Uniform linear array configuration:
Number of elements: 64
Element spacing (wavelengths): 0.25
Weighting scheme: hamming
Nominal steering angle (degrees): -30
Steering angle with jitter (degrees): -31.126
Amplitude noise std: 0.05
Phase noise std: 0.05

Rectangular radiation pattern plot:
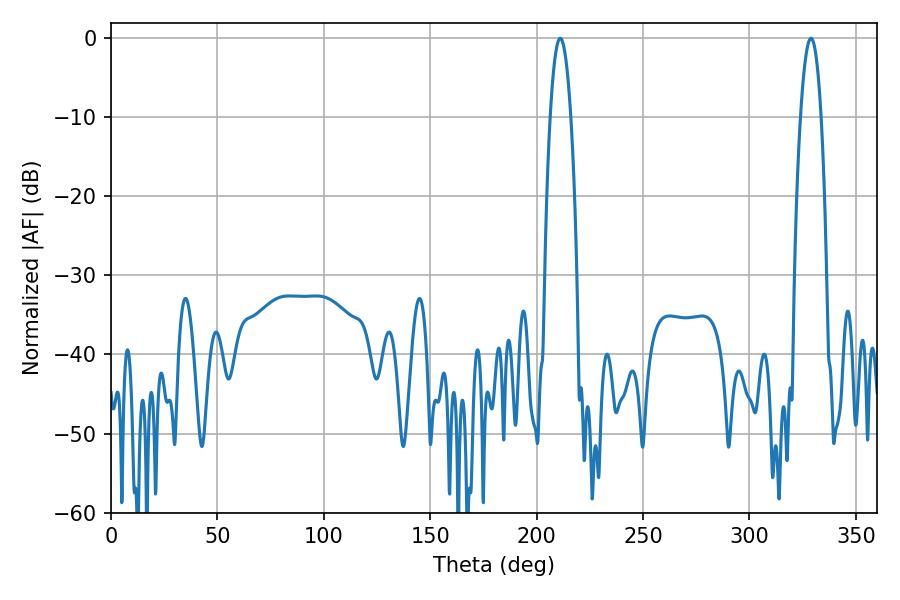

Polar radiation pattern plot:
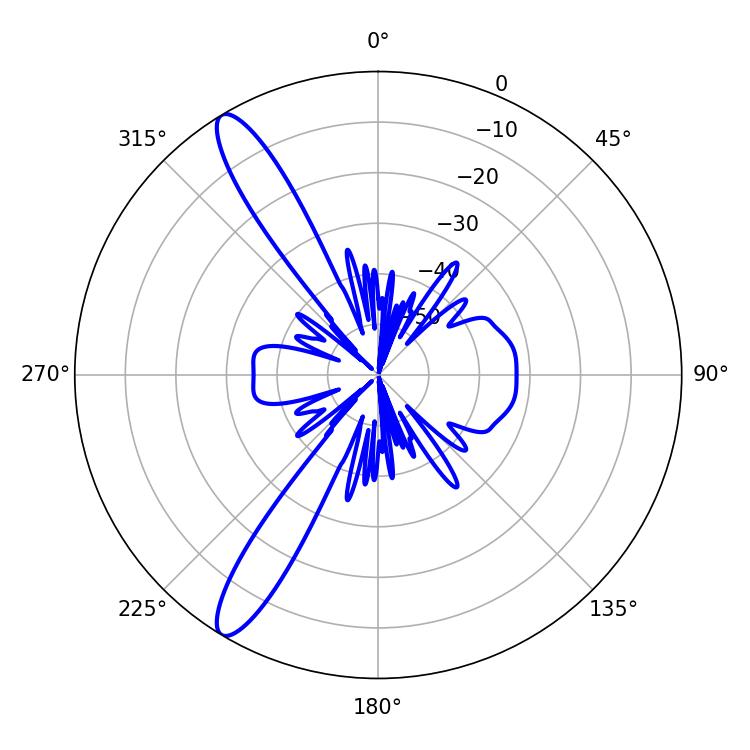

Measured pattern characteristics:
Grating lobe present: FALSE
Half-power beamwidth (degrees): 5.4
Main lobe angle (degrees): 211.14